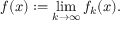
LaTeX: f ( x ) : = \operatorname* { l i m } _ { k \to \infty } f _ { k } ( x ) .